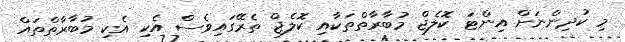
މި ކުދިންނަށް އިންޓަ ކޮލެޖް މުބާރާތްތަކާއި ކޮލެޖް ތެރޭގައިވެސް އެކި އެކި މުބާރާތްތައް